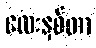
လေးနှစ်တာ